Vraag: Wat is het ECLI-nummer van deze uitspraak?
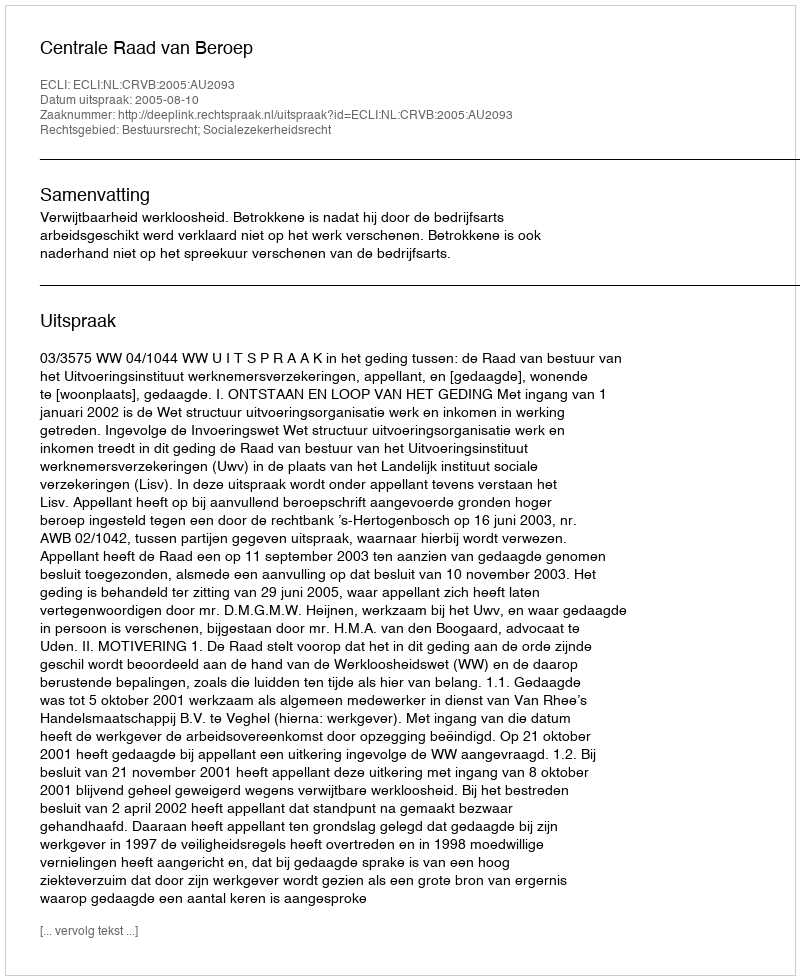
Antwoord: ECLI:NL:CRVB:2005:AU2093